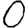
Digit: 0